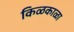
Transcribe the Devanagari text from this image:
किळकाळा